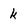
Character: k